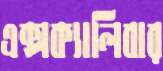
এক্সক্যালিবার